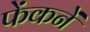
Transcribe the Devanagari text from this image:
फेंकनें